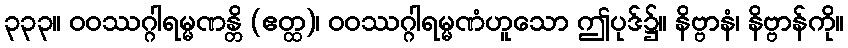
၃၃၃။ ဝဝဿဂ္ဂါရမ္မဏန္တိ (ဧတ္ထ)၊ ဝဝဿဂ္ဂါရမ္မဏံဟူသော ဤပုဒ်၌။ နိဗ္ဗာနံ၊ နိဗ္ဗာန်ကို။